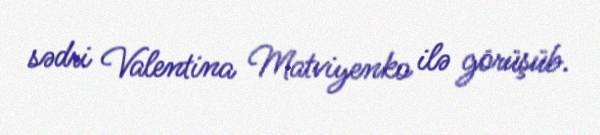
sədri Valentina Matviyenko ilə görüşüb.